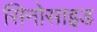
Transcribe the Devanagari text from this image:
सिनोसाइड